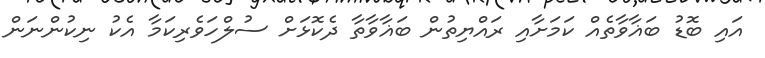
އައި ބޮޑު ބަޣާވާތެއް ކަމަށާއި ރައްޔިތުން ބަޣާވާތާ ދެކޮޅަށް ސުލްހަވެރިކަމާ އެކު ނިކުންނަން